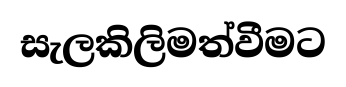
සැලකිලිමත්වීමට